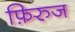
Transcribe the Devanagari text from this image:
फ़िरुज